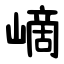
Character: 㠃